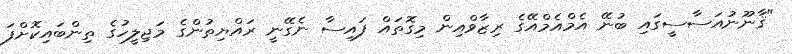
"ޤާނޫނުއަސާސީގައި ބުނޭ އެމްއެމްއޭގެ ރިޒާވްއިން މިގޮތައް ފައިސާ ނެގޭނީ ރައްޔިތުންގެ މަޖިލީހުގެ ތިންބައިކޮށްފަ